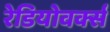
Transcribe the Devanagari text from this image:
रेडियोवर्क्स